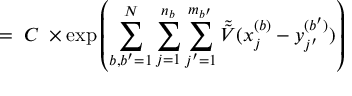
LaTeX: = \; C \; \times \exp \left( \sum _ { b , b ^ { \prime } = 1 } ^ { N } \sum _ { j = 1 } ^ { n _ { b } } \sum _ { j ^ { \prime } = 1 } ^ { m _ { b ^ { \prime } } } \tilde { \tilde { V } } ( x _ { j } ^ { ( b ) } - y _ { j ^ { \prime } } ^ { ( b ^ { \prime } ) } ) \right)